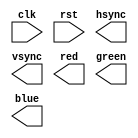
module vga_controller (
    input wire clk,
    input wire rst,
    output reg hsync,
    output reg vsync,
    output reg [7:0] red,
    output reg [7:0] green,
    output reg [7:0] blue
);

// Insert code here for generating horizontal sync signal

// Insert code here for generating vertical sync signal

// Insert code here for controlling timing of VGA output

// Insert code here for generating RGB signals for each pixel

// Insert code here for handling user inputs or external triggers

endmodule